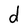
Character: d